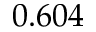
0 . 6 0 4